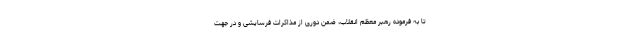
تا به فرموده رهبر معظم انقلاب، ضمن دوری از مذاکرات فرسایشی و در جهت